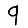
Digit: 9